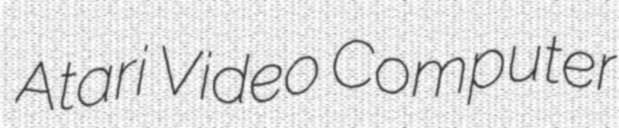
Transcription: Atari Video Computer